Punjab Mental Hospital Lahore 1932-46 - 1932-1946
Year: 1932
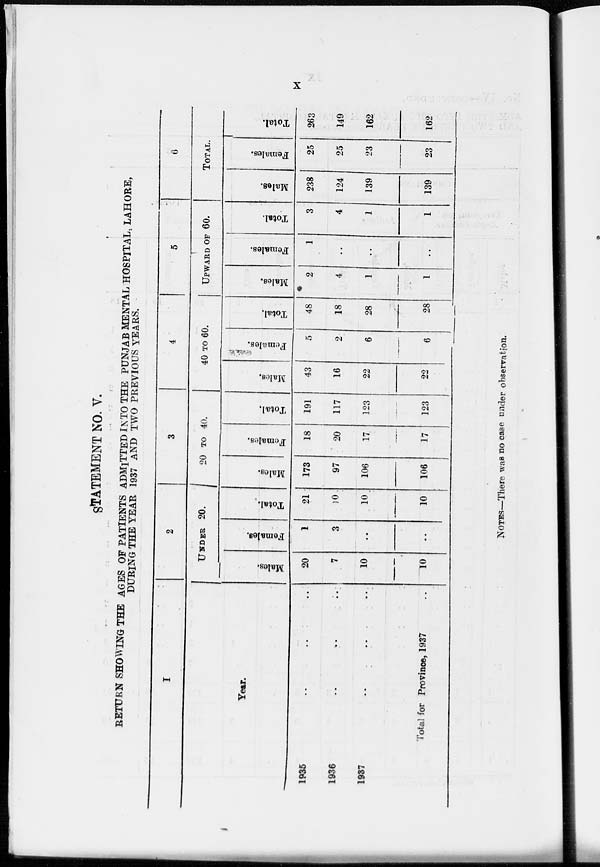
x
STATEMENT NO. V.
RETURN SHOWING THE AGES OF PATIENTS ADMITTED INTO THE PUNJAB MENTAL HOSPITAL, LAHORE,
DURING THE YEAR 1937 AND TWO PREVIOUS YEARS.
1
Year.
1935 .. .. ..
1936
..
..
..
1937 .. .. ..
Total for Province, 1937
2
UNDER 20.
Males.
20
7
10
10
Females.
1
3
..
..
Total.
21
10
10
10
3
20 TO 40.
Males.
173
97
106
106
Females.
18
20
17
17
Total.
191
117
123
123
4
40 TO 60.
Males.
43
16
22
22
Females.
5
2
6
6
Total.
48
18
28
28
5
UPWARD OF 60.
Males.
2
4
1
1
Females.
1
..
..
..
Total.
3
4
1
1
6
TOTAL.
Males.
238
124
139
139
Females.
25
25
23
23
Total.
263
149
162
162
NOTES—There was no case under observation.